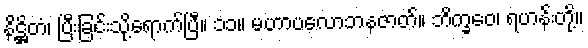
နိဋ္ဌိတံ၊ ပြီးခြင်းသို့ရောက်ပြီ။ ၁၁။ မဟာပလောဘနဇာတ်။ ဘိက္ခဝေ၊ ရဟန်းတို့။